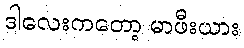
ဒါလေးကတော့ မာဖီးယား